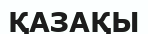
ҚАЗАҚЫ